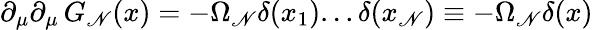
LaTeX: \partial_{\mu}\partial_{\mu}\, G_{\mathscr{N}}(x)=-\Omega_{\mathscr{N}}\delta(x_{1})...\delta(x_{\mathscr{N}})\equiv-\Omega_{\mathscr{N}}\delta(x)